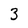
Character: 3